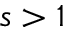
s > 1